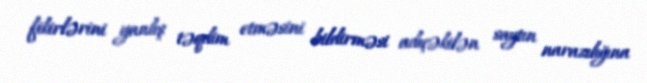
fikirlərini yanlış təqdim etməsini bildirməsi adıçəkilən saytın narazılığına